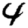
Digit: 4